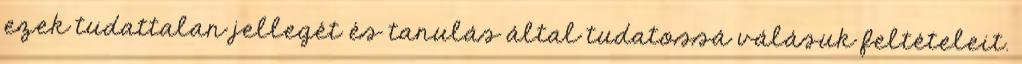
ezek tudattalan jellegét és tanulás által tudatossá válásuk feltételeit.